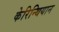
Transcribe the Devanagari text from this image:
केरिन्थियान